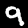
Digit: 9